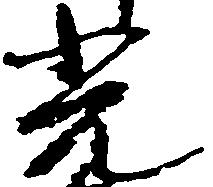
光